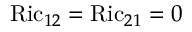
\operatorname { R i c } _ { 1 2 } = \operatorname { R i c } _ { 2 1 } = 0